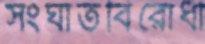
সংঘাতবিরোধী